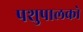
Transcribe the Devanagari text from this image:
पशुपालको